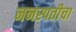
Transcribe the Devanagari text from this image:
ननस्पतीचा